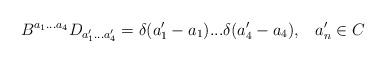
LaTeX: \begin{align*}B^{a_1...a_4}D_{a'_1...a'_4}=\delta(a'_1-a_1)...\delta(a'_4-a_4),\;\;\;a'_n\in C\end{align*}